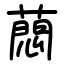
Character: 蕄